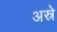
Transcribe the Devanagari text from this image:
अस्रे